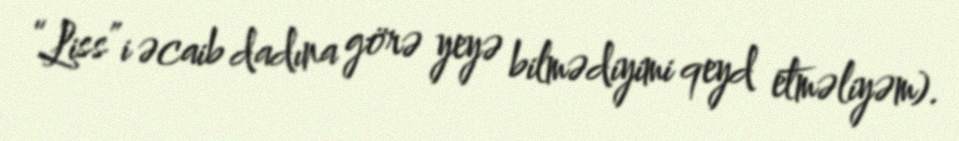
“Liss”i əcaib dadına görə yeyə bilmədiyimi qeyd etməliyəm).